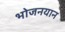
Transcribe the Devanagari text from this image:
भोजनयान